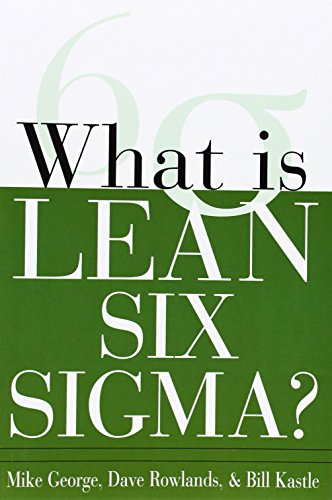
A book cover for What is Lean Six Sigma; Michael L. George; Business & Money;